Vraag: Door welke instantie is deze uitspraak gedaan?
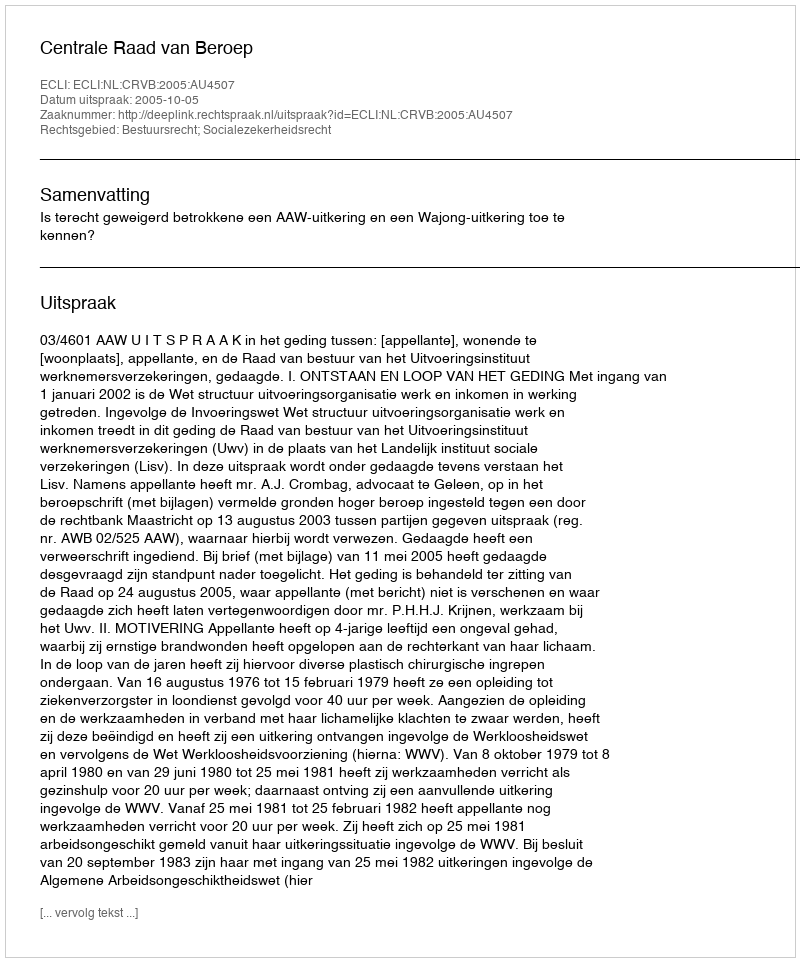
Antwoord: Centrale Raad van Beroep